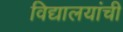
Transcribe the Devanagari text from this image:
विद्यालयांची